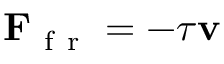
\mathbf { F } _ { \mathrm { ~ f ~ r ~ } } = - \tau \mathbf { v }